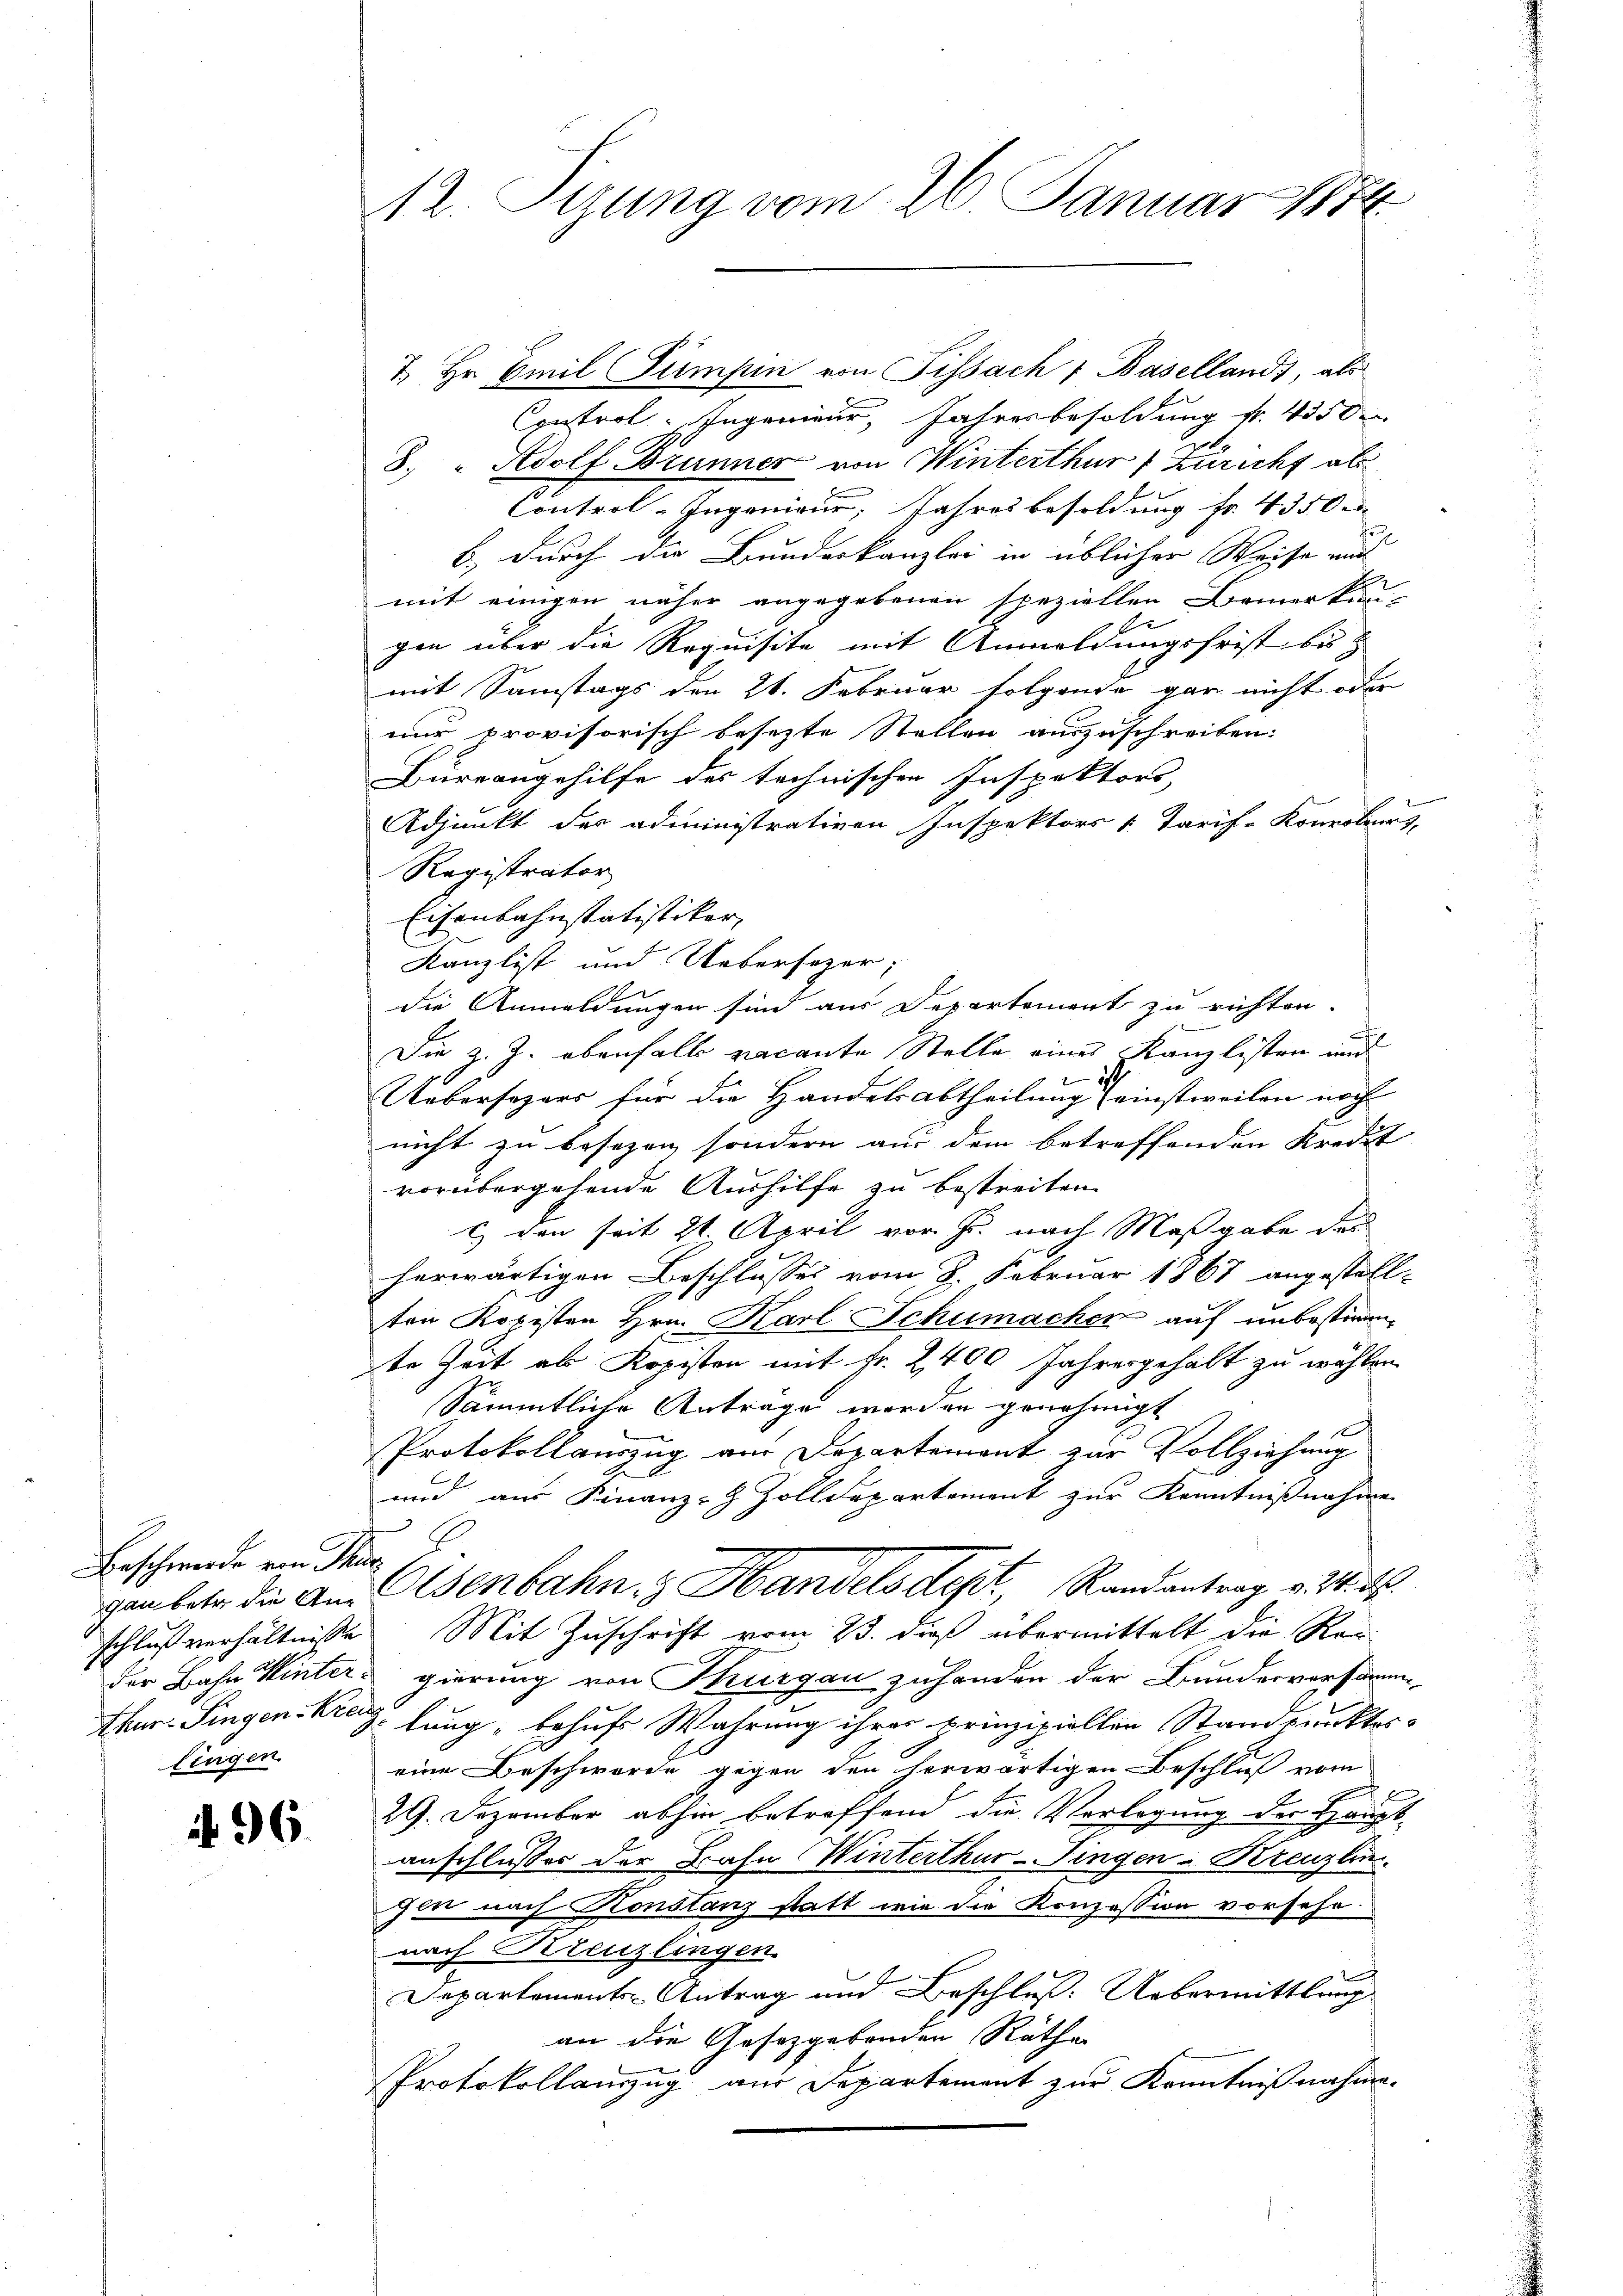
Beschwerde von Thur
schlußverhältnisse
der Bahn Winter¬
Thier-Fingen Krei
lingen.

f 96

12. Stung vom 26. Januar 1874

7. Hr. Emil Simpin von Fissach 1 Basellands, als
Control- Ingenieur, Jahresbesoldung fr. 450
8. " Adolf Brunner von Winterthur f Züricht als
Control-Ingenieur, Jahresbesoldung Fr. 435 de
b.) durch die Bundeskanzlei in üblicher Weise aus
mit einigen näher angegebenen speziellen Bemerkun-
e
gen über die Requisite mit Anmeldungsfrist bis z
mit Samstags den 28. Februar folgende gar nicht oder
nur provisorisch besezte Stellen auszuschreiben:
Bureangehilfe des technischen Inspektors,
Adjunkt des administrativen Inspektors & Tarif-Konroburs
Registrator
Eisenbahnstatistiker,
Kanzlist und Uebersezer;
die Anmeldungen sind aus Departement zu richten.
Die 2. J. ebenfalls vacante Stelle eines Kanzlisten und
Uebersezers für die Handelsabtheilung einstweilen noch
nicht zu besezen, sondern aus dem betreffenden Kredit
vorübergehende Aushilfe zu bestreiten.
c) den seit 21 April vor. J. nach Maßgabe das
herwärtigen Beschlusses vom 8. Februar 1867 angestell-
ten Kopisten Hrn. Karl Schumachen auf unbestimm-
te Zeit als Kopisten mit Fr. 2400 Jahresgehalt zu wählen
Sämmtliche Anträge werden genehmigt
Protokollauszug am Departement zur Vollziehung
und aus Finanz-Z Zolldepartement zur Kenntnißnahme
E.
ganbete die an Osenbahn, Handelsdept, Randantrag v. 24. ds.
Mit Zuschrift vom 23. dieß übermittelt die Rec
gierung von Thurgau zuhanden der Bundesversamm
 lung, behufs Wahrung ihrer prinzipiellen Standpunkter
eine Beschwerde gegen den herwärtigen Beschluß vom
29. Dezember abhin betreffend die Vorlegung der Haupt-
anschlusser der Bahn Winterthur–Singen u. Kreuzlin
gen nach Konstanz statt wie die Konzession vorsehe.
nach Kreuzlingen.
Departementer Antrag und Beschluß: Uebermittlung
an die Gesetzgebenden Räthe
Protokollanzug aus Departement zur Kenntnißnahme.